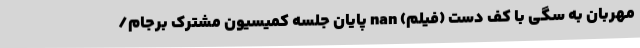
مهربان به سگی با کف دست (فیلم) nan پایان جلسه کمیسیون مشترک برجام/